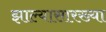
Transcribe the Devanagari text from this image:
झाल्यासारख्या